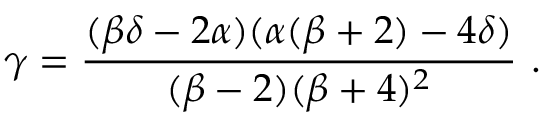
\gamma = \frac { ( \beta \delta - 2 \alpha ) ( \alpha ( \beta + 2 ) - 4 \delta ) } { ( \beta - 2 ) ( \beta + 4 ) ^ { 2 } } \ .